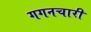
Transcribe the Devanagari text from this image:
गगनचारी